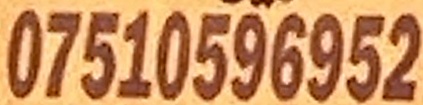
07510596952